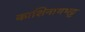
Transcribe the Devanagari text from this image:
काशिनाथभट्ट